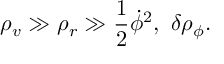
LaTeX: \rho _ { v } \gg \rho _ { r } \gg \frac { 1 } { 2 } { \dot { \phi } } ^ { 2 } , \ \delta \rho _ { \phi } .